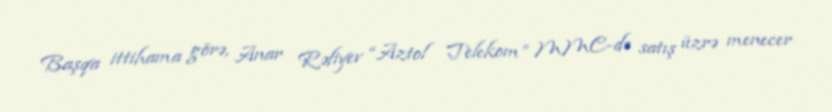
Başqa ittihama görə, Anar Rəfiyev “Aztol Telekom” MMC-də satış üzrə menecer